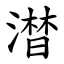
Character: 澘